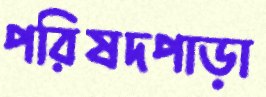
পরিষদপাড়া